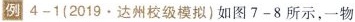
例4-1(2019.达州校级模拟)如图7-8所示，一物